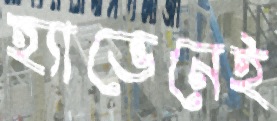
হ্যাভেনেই